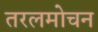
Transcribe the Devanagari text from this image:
तरलमोचन